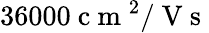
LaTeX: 36000\mathrm{~c~m~}^{2}/\mathrm{~V~s~}